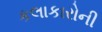
કલાકારોની